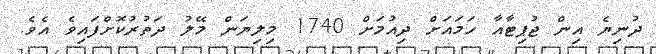
ދުނިޔެ އިން ޖުޕިޓާއާ ހަމައަށް ދިއުމަށް 1740 މިލިޔަން މޭލު ދަތުރުކޮށްފައިވެ އެވެ.